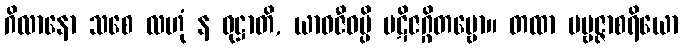
ဂိလာနော သစေ လဟုံ န ဝုဋ္ဌာတိ, ယာဝဇီဝမ္ပိ ပဋိဇဂ္ဂိတဗ္ဗော။ တထာ ပဗ္ဗဇ္ဇာစရိယော